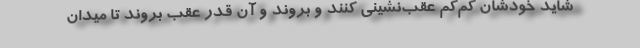
شايد خودشان كم‌كم عقب‌نشيني كنند و بروند و آن قدر عقب بروند تا ميدان